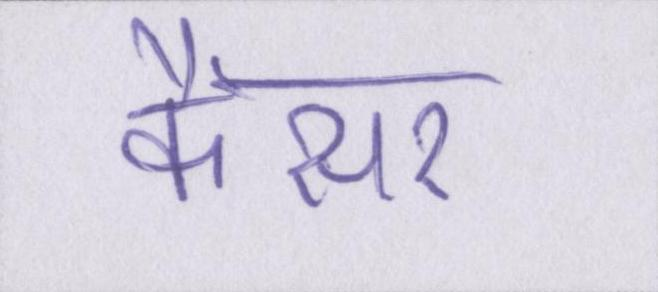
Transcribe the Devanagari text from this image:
कैंसर